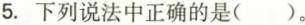
5.下列说法中正确的是()。